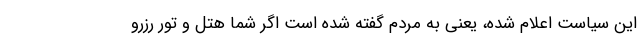
این سیاست اعلام شده، یعنی به مردم گفته شده است اگر شما هتل و تور رزرو